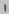
Text: 1